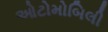
ઓટોમોબિલી